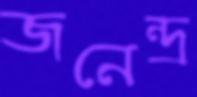
জনেন্দ্র